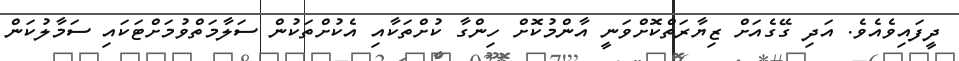
ދީފައިވެއެވެ. އަދި ގޭގެއަށް ޒިޔާރަތްކޮށްވަނީ އާންމުކޮށް ހިންގާ ކުށްތަކާއި އެކުށްތަކުން ސަލާމަތްވުމަށްޓަކައި ސަމާލުކަން